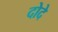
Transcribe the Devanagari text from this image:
दोदे